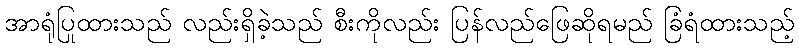
အာရုံပြုထားသည် လည်းရှိခဲ့သည် စီးကိုလည်း ပြန်လည်ဖြေဆိုရမည် ခြံရံထားသည့်